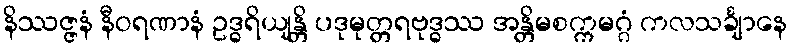
နိဿဇ္ဇနံ နီဝရဏာနံ ဥဒ္ဓရိယျန္တိ ပဒုမုတ္တရဗုဒ္ဓဿ အန္တိမစက္ကမဂ္ဂံ ကလသင်္ချာနေ